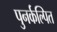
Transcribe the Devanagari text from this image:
पुनर्कल्पित